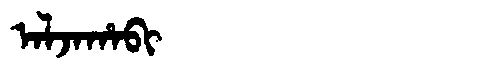
Manchu: ᠠᠯᠵᠠᡥᠠᠪᡳ
Romanization: ALJAHABI